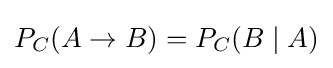
P_{C}(A\rightarrow B)=P_{C}(B\mid A)